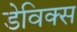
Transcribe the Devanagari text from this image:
डेविक्स